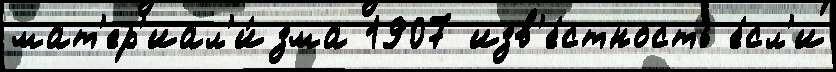
мат'ер'иал'и́зма 1907 изв'е́стность е́сл'и